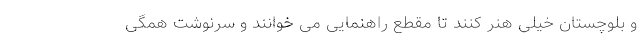
و بلوچستان خیلی هنر کنند تا مقطع راهنمایی می خوانند و سرنوشت همگی